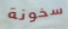
سخونة